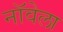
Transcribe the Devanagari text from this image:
नॉवेला